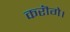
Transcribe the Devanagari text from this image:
करॊगे।